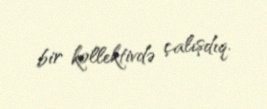
bir kollektivdə çalışdıq.